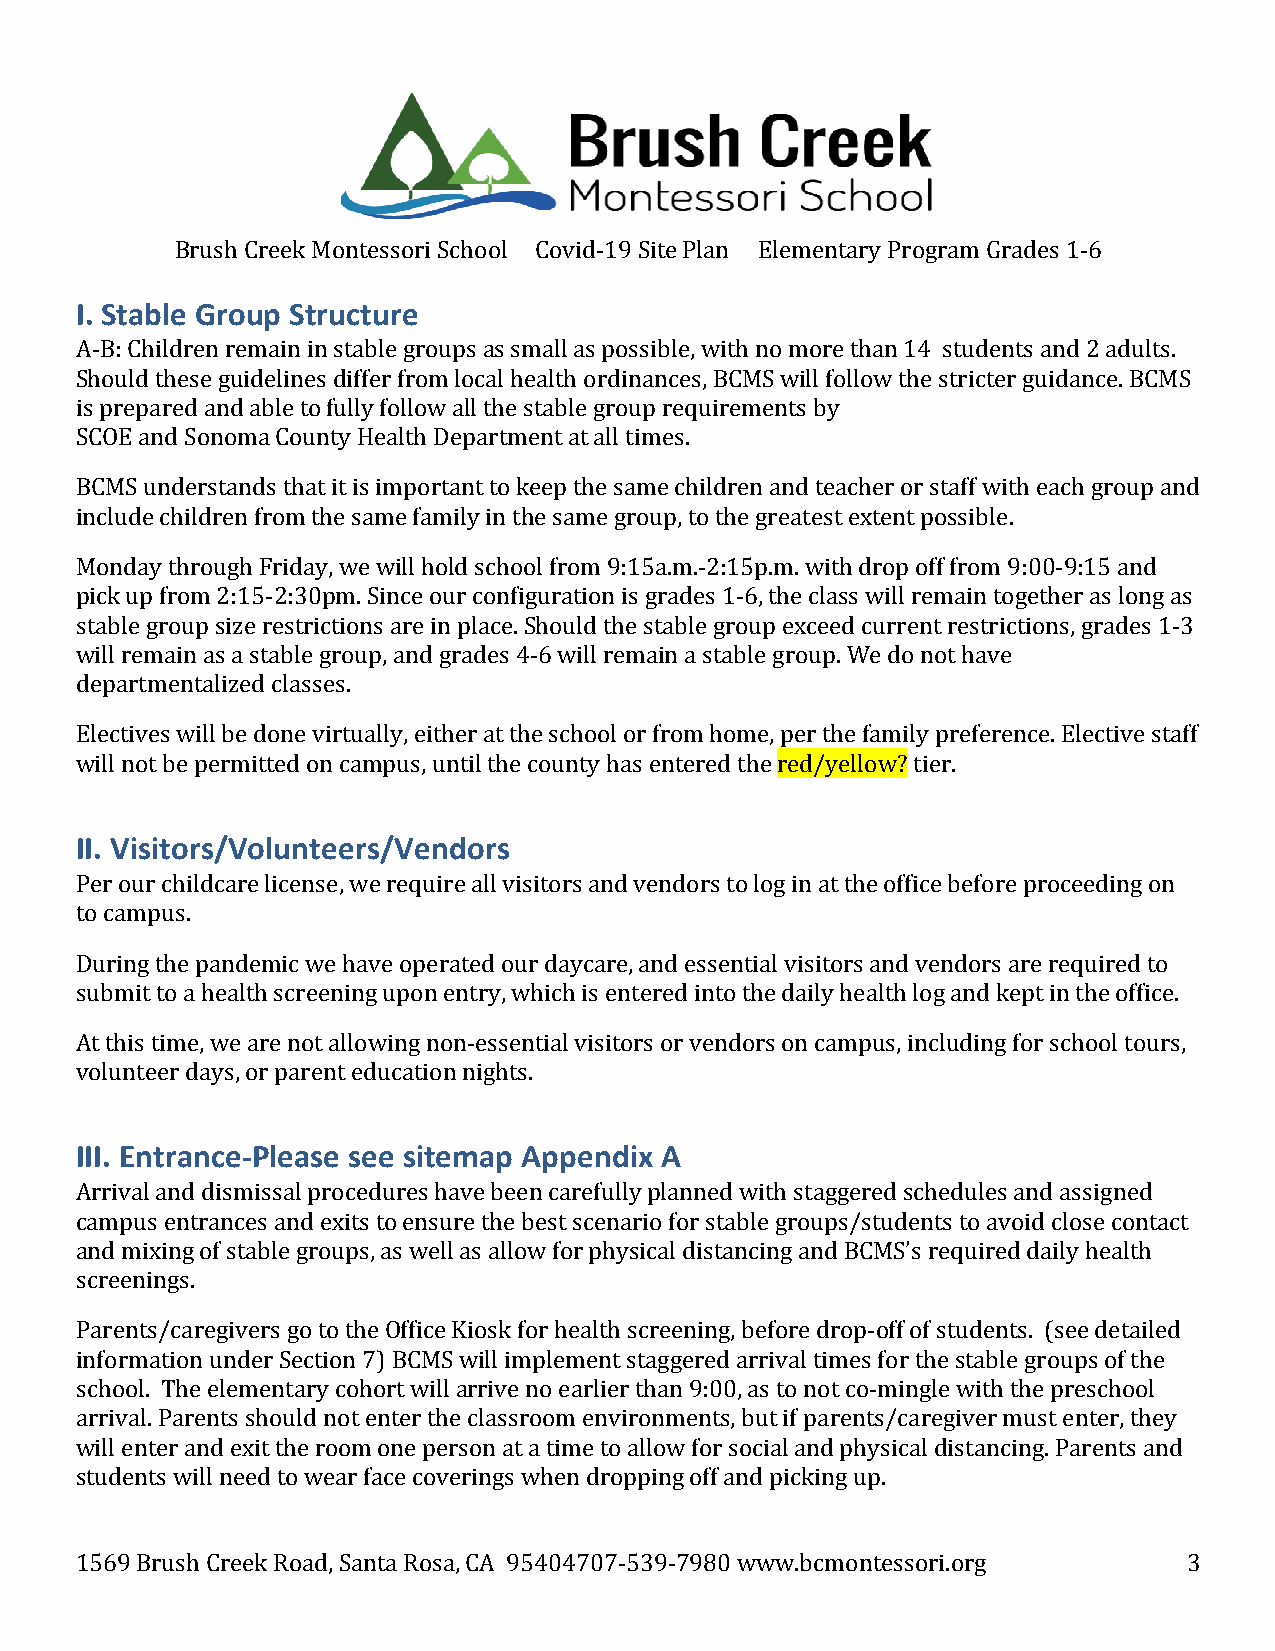
Brush Creek Montessori School Covid-19 Site Plan Elementary Program Grades 1-6
 I. Stable Group Structure
 A-B: Children remain in stable groups as small as possible, with no more than 14 students and 2 adults.
 Should these guidelines differ from local health ordinances, BCMS will follow the stricter guidance. BCMS
 is prepared and able to fully follow all the stable group requirements by
 SCOE and Sonoma County Health Department at all times.
 BCMS understands that it is important to keep the same children and teacher or staff with each group and
 include children from the same family in the same group, to the greatest extent possible.
 Monday through Friday, we will hold school from 9:15a.m.-2:15p.m. with drop off from 9:00-9:15 and
 pick up from 2:15-2:30pm. Since our configuration is grades 1-6, the class will remain together as long as
 stable group size restrictions are in place. Should the stable group exceed current restrictions, grades 1-3
 will remain as a stable group, and grades 4-6 will remain a stable group. We do not have
 departmentalized classes.
 Electives will be done virtually, either at the school or from home, per the family preference. Elective staff
 will not be permitted on campus, until the county has entered the red/yellow? tier.
 II. Visitors/Volunteers/Vendors
 Per our childcare license, we require all visitors and vendors to log in at the office before proceeding on
 to campus.
 During the pandemic we have operated our daycare, and essential visitors and vendors are required to
 submit to a health screening upon entry, which is entered into the daily health log and kept in the office.
 At this time, we are not allowing non-essential visitors or vendors on campus, including for school tours,
 volunteer days, or parent education nights.
 III. Entrance-Please see sitemap Appendix A
 Arrival and dismissal procedures have been carefully planned with staggered schedules and assigned
 campus entrances and exits to ensure the best scenario for stable groups/students to avoid close contact
 and mixing of stable groups, as well as allow for physical distancing and BCMS’s required daily health
 screenings.
 Parents/caregivers go to the Office Kiosk for health screening, before drop-off of students. (see detailed
 information under Section 7) BCMS will implement staggered arrival times for the stable groups of the
 school. The elementary cohort will arrive no earlier than 9:00, as to not co-mingle with the preschool
 arrival. Parents should not enter the classroom environments, but if parents/caregiver must enter, they
 will enter and exit the room one person at a time to allow for social and physical distancing. Parents and
 students will need to wear face coverings when dropping off and picking up.
 1569 Brush Creek Road, Santa Rosa, CA 95404707-539-7980 www.bcmontessori.org 3